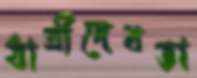
ধাত্রীদেবতা